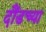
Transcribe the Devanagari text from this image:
दौंडच्या